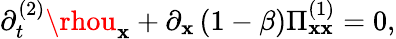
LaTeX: \partial_{t}^{(2)}\rhou_{\mathbf{x}}+\partial_{\mathbf{x}}\left(1-\beta\right)\Pi_{\mathbf{x}\mathbf{x}}^{(1)}=0,